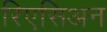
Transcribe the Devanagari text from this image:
रिएसिअन